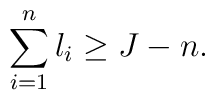
\sum_{i=1}^n l_i \geq J-n.